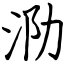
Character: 泐